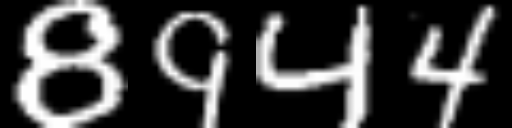
Text: 8944